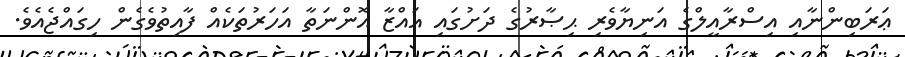
ޢަރަބިންނާއި އިސްރާއީލްގެ އަނިޔާވެރި ޙިޞާރުގެ ދަށުގައި ޣައްޒާ އޮންނަތާ އަހަރުތަކެއް ފާއިތުވެގެން ހިގައްޖެއެވެ.